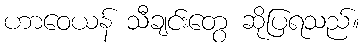
ဟာဝေယန် သီချင်းတွေ ဆိုပြရသည်။